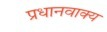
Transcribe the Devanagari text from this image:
प्रधानवाक्य